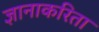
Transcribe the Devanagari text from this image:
ज्ञानाकरिता